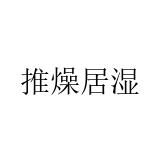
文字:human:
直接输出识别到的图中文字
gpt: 推燥居湿